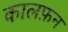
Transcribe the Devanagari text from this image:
कालफ़न